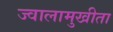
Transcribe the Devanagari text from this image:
ज्वालामुखीता